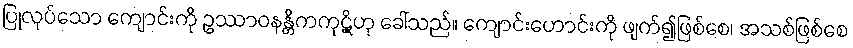
ပြုလုပ်သော ကျောင်းကို ဥဿာဝနန္တိကကုဋိဟု ခေါ်သည်။ ကျောင်းဟောင်းကို ဖျက်၍ဖြစ်စေ၊ အသစ်ဖြစ်စေ